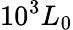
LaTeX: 10^{3}L_{0}